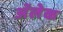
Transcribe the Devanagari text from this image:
अॅलेक